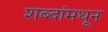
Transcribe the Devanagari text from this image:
शब्दांमधून